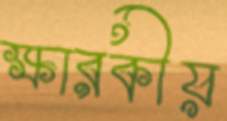
ক্ষারকীয়